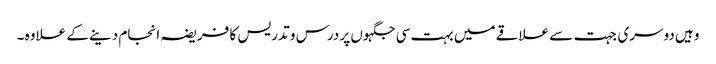
وہیں دوسری جہت سے علاقے میں بہت سی جگہوں پر درس و تدریس کا فریضہ انجام دینے کے علاوہ ۔